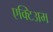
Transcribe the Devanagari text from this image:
एक्टिअम